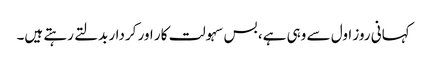
کہانی روز اول سے وہی ہے، بس سہولت کار اور کردار بدلتے رہتے ہیں۔